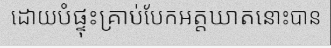
ដោយបំផ្ទុះគ្រាប់បែកអត្តឃាតនោះបាន